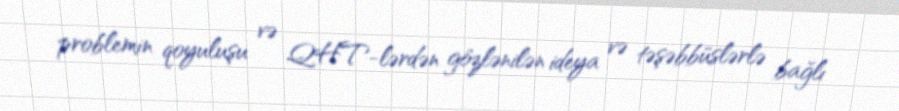
problemin qoyuluşu və QHT-lərdən gözlənilən ideya və təşəbbüslərlə bağlı